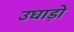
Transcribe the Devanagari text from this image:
उघाड़ो